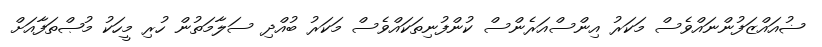
ޟުއައްޒަފުންނައްވެސް މަކަރު އިންސްއަރެންސް ކުންފުނިތަކައްވެސް މަކަރު ބުއްދި ސަލާމަތުން ހުރި މީހަކު މުޞްތަފާއަަށް